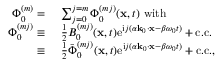
\begin{array} { r l } { \Phi _ { 0 } ^ { ( m ) } = ~ } & { \sum _ { j = 0 } ^ { j = m } \Phi _ { 0 } ^ { ( m j ) } ( \mathbf { x } , t ) ~ \mathrm { w i t h } ~ } \\ { \Phi _ { 0 } ^ { ( m j ) } \equiv ~ } & { \frac { 1 } { 2 } B _ { 0 } ^ { ( m j ) } ( \mathbf { x } , t ) \mathrm { e } ^ { \mathrm { i } j ( \alpha \mathbf { k } _ { 0 } \cdot \mathbf { x } - \beta \omega _ { 0 } t ) } + \mathrm { c . c . } } \\ { \equiv ~ } & { \frac { 1 } { 2 } \bar { \Phi } _ { 0 } ^ { ( m j ) } ( \mathbf { x } , t ) \mathrm { e } ^ { \mathrm { i } j ( \alpha \mathbf { k } _ { 0 } \cdot \mathbf { x } - \beta \omega _ { 0 } t ) } + \mathrm { c . c . } , } \end{array}